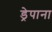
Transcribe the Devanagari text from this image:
ड्रेपाना